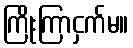
ကြိုးကြာငှက်မ။